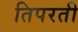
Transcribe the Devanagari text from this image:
तिपरती